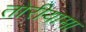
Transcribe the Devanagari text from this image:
तोरीयामा